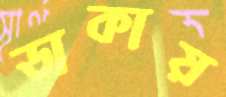
ডাকায়